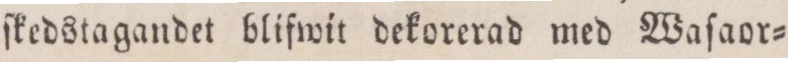
ſkedstagandet blifwit dekorerad med Waſaor=